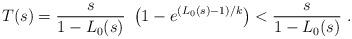
LaTeX: \begin{align*}T(s) = \frac{s}{1-L_0(s)}\ \left( 1 - e^{(L_0(s)-1)/k} \right) < \frac{s}{1-L_0(s)}\ . \end{align*}